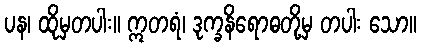
ပန၊ ထိုမှတပါး။ ဣတရံ၊ ဒုက္ခနိရောဓတို့မှ တပါး သော။